Lunatic asylums Bombay report 1891-1903 - 1891-1903
Year: 1891
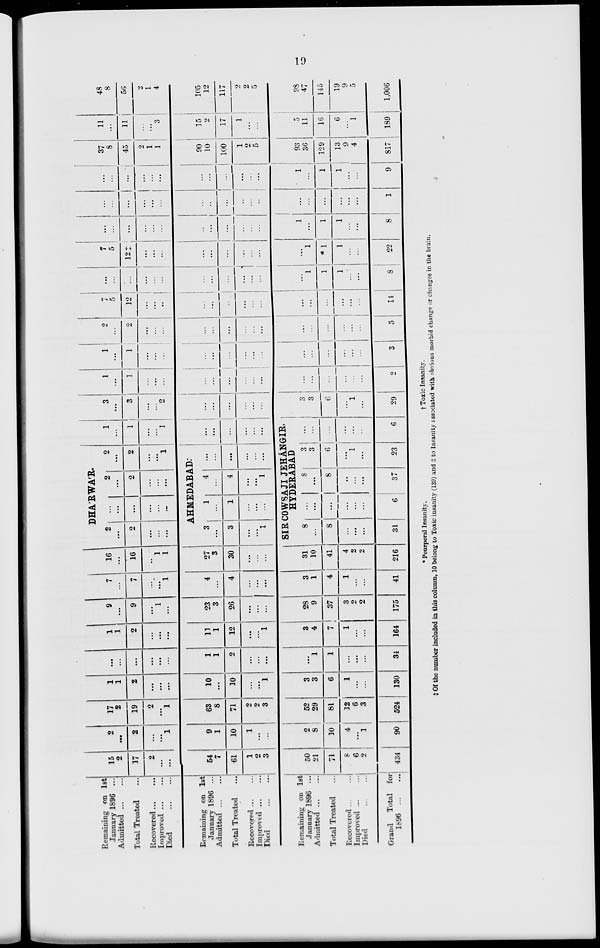
19
Remaining on 1st
January 1896 ...
Admitted
...
...
Total Treated ...
Recovered ... ...
Improved ... ...
Died
...
...
Remaining on 1st
January 1896 ...
Admitted
...
...
Total Treated ...
Recovered ... ...
Improved
...
...
Died
...
...
Remaining on 1st
January 1896 ...
Admitted
...
...
Total Treated ...
Recovered ... ...
Improved ... ...
Died
...
...
Grand
Total for
1896
...
...
15
2
17
2
...
...
54
7
61
1
2
3
50
21
71
8
6
2
434
2
...
2
...
...
1
9
1
10
1
...
...
2
8
10
4
...
1
90
17
2
19
2
...
1
63
8
71
2
2
3
52
29
81
12
6
3
524
1
1
2
...
...
...
10
...
20
...
...
1
3
3
6
1
...
...
130
...
...
...
...
...
...
1
1
2
...
...
...
...
1
1
...
...
...
34
1
1
2
...
...
...
11
1
12
...
...
1
3
4
7
1
...
...
164
9
...
9
...
1
...
23
3
26
...
...
...
28
9
37
3
2
2
175
7
...
7
...
...
1
4
...
4
...
...
...
3
1
4
1
...
...
41
16
...
16
...
1
1
27
3
30
...
...
...
31
10
41
4
2
2
216
DHA'RWA'R.
2
...
2
...
...
...
...
...
...
...
...
...
2
...
2
...
...
2
...
2
...
...
1
AHMEDABAD.
3
...
3
...
...
1
1
...
1
...
...
...
4
...
4
...
...
1
...
...
...
...
...
...
1
...
1
...
...
1
...
...
...
...
...
...
SIR COWSAJI JEHÁNGIR,
HYDERABAD
8
...
8
...
...
...
31
...
...
...
...
...
...
6
8
...
8
...
...
...
37
3
3
6
...
1
...
23
...
...
...
...
...
...
6
3
...
3
...
...
2
...
...
...
...
...
...
3
3
6
...
1
...
29
1
...
1
...
...
...
...
...
...
...
...
...
...
...
...
...
...
...
2
1
...
1
...
...
...
...
...
...
...
...
...
...
...
...
...
...
...
3
2
...
2
...
...
...
...
...
...
...
...
...
...
...
...
...
...
...
5
7
5
12
...
...
...
...
...
...
...
...
...
...
...
...
...
...
...
14
...
...
...
...
...
...
...
...
...
...
...
...
...
1
1
1
...
...
8
7
5
12‡
...
...
...
...
...
...
...
...
...
...
1
*1
1
...
...
22
...
...
...
...
...
...
...
...
...
...
...
...
1
...
1
1
...
...
8
...
...
...
...
...
...
...
...
...
...
...
...
...
...
...
...
...
...
1
...
...
...
...
...
...
...
...
...
...
1
...
1
1
9
37
8
45
2
1
1
90
10
100
1
2
5
93
36
129
13
9
4
817
11
...
11
...
...
3
15
2
17
1
...
...
5
11
16
6
...
1
189
48
8
56
2
1
4
105
12
117
2
2
5
98
47
145
19
9
5
1,006
* Peurperal Insanity.
†Toxic
Insanity.
‡Of the number included in this column, 10 belong to Toxic insanity (139) and 2 to Insanity associated with obvious morbid change or changes in the brain.